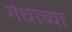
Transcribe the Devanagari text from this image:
गंधाच्या